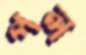
পল